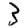
Digit: 3